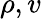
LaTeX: \rho,v